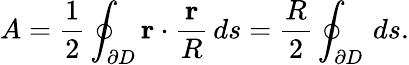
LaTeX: A={\frac{1}{2}}\oint_{\partial D}\mathbf{r}\cdot{\frac{\mathbf{r}}{R}}\, ds={\frac{R}{2}}\oint_{\partial D}\, ds.